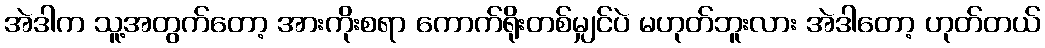
အဲဒါက သူ့အတွက်တော့ အားကိုးစရာ ကောက်ရိုးတစ်မျှင်ပဲ မဟုတ်ဘူးလား အဲဒါတော့ ဟုတ်တယ်